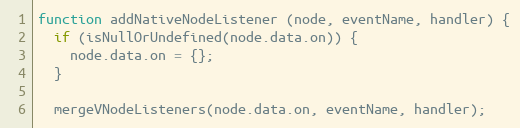
Language: JavaScript
function addNativeNodeListener (node, eventName, handler) {
  if (isNullOrUndefined(node.data.on)) {
    node.data.on = {};
  }

  mergeVNodeListeners(node.data.on, eventName, handler);